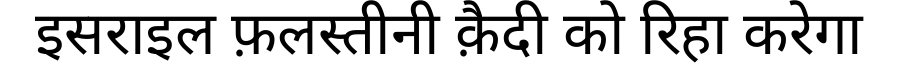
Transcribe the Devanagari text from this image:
इसराइल फ़लस्तीनी क़ैदी को रिहा करेगा